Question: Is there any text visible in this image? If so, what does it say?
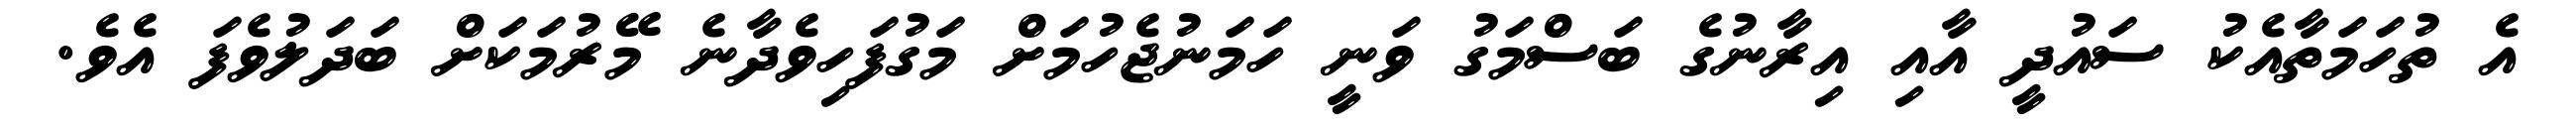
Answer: އެ ތުހަމަތާއެކު ސައުދީ އާއި އިރާނުގެ ބަސްމަގު ވަނީ ހަމަނުޖެހުމަށް މަގުފަހިވެދާނެ މޭރުމަކަށް ބަދަލުވެފަ އެވެ.